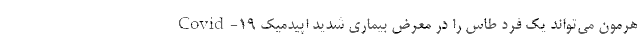
هرمون می‌تواند یک فرد طاس را در معرض بیمارى شدید اپیدمیک Covid-۱۹